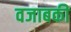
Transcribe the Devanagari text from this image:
वजाबकी